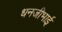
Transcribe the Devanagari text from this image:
धनजीभाई